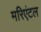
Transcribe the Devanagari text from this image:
मरिएंटल